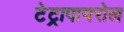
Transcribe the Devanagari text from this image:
टेट्रापायरोल